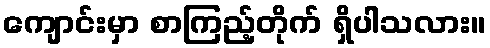
ကျောင်းမှာ စာကြည့်တိုက် ရှိပါသလား။